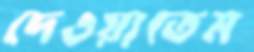
দেওয়াতেম